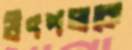
উৎপলকে